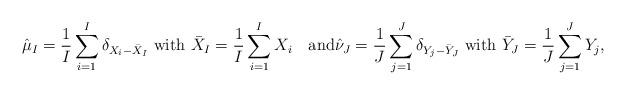
LaTeX: \begin{align*}\hat \mu_I = \frac1I\sum_{i=1}^I \delta_{X_i - \bar X_I}\mbox{ with }\bar X_I=\frac 1I\sum_{i=1}^IX_i \quad\mbox{and}\hat \nu_J = \frac1J\sum_{j=1}^J \delta_{Y_j - \bar Y_J}\mbox{ with }\bar Y_J=\frac 1J\sum_{j=1}^JY_j,\end{align*}